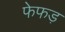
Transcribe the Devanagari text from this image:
फेफड़